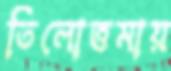
তিলোত্তমায়